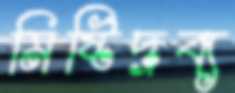
মিষ্টিদ্রব্য